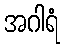
အဂါရံ